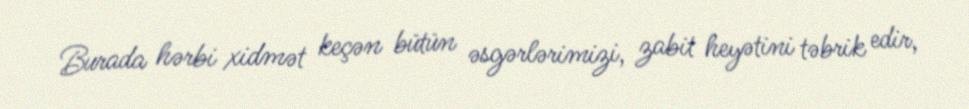
Burada hərbi xidmət keçən bütün əsgərlərimizi, zabit heyətini təbrik edir,